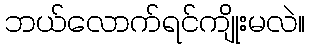
ဘယ်လောက်ရင်ကျိုးမလဲ။